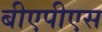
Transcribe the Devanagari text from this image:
बीएपीएस